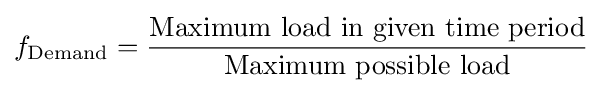
f_{\text{Demand}}={\frac {\text{Maximum load in given time period}}{\text{Maximum possible load}}}